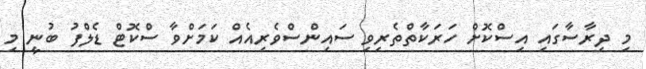
މި ދިރާސާގައި އިސްކޮށް ހަރަކާތްތެރިވި ސައިންސްވެރިއެއް ކަމަށްވާ ސްކޮޓް ޑެލްފު ބުނީ މި